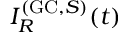
I _ { R } ^ { ( \mathrm { G C } , S ) } ( t )